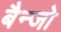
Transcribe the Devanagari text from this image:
बैन्जो